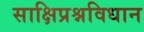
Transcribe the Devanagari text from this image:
साक्षिप्रश्नविधान